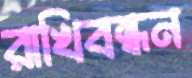
রাখিবন্ধন